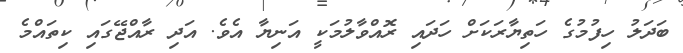
ބަދަލު ހިފުމުގެ ހަތިޔާރަކަށް ހަދައި ރޮއްވާލުމަކީ އަނިޔާ އެވެ. އަދި ރާއްޖޭގައި ކިތައްމެ